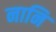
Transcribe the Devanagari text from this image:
नानि